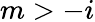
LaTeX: m>-i